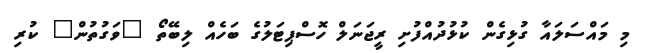
މި މައްސަލައާ ގުޅިގެން ކުޅުދުއްފުށި ރީޖަނަލް ހޮސްޕިޓަލުގެ ބަހެއް ލިބޭތޯ "ވަގުތުން" ކުރި